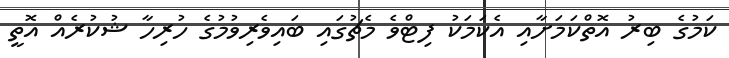
ކަމުގެ ބިރު އޮތްކަމަށާއި އެކަމަކު ފިޓްވެ މެޗުގައި ބައިވެރިވުމުގެ ހުރިހާ ޝުކުރެއް އޮތީ